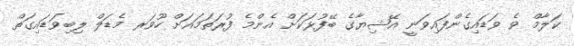
ކަލާމް ވެ ވަޑައިގެންފައިވަނީ އޭޝިޔާގެ ބޭފުޅަކަށް އެންމެ ފުރަތަމައަށް ހޫވަރ މެޑަލް ލިބިވަޑައިގަތް